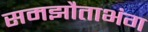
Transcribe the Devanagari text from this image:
समझौताभंग